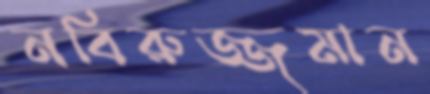
নবিরুজ্জমান